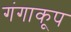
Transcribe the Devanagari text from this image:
गंगाकूप